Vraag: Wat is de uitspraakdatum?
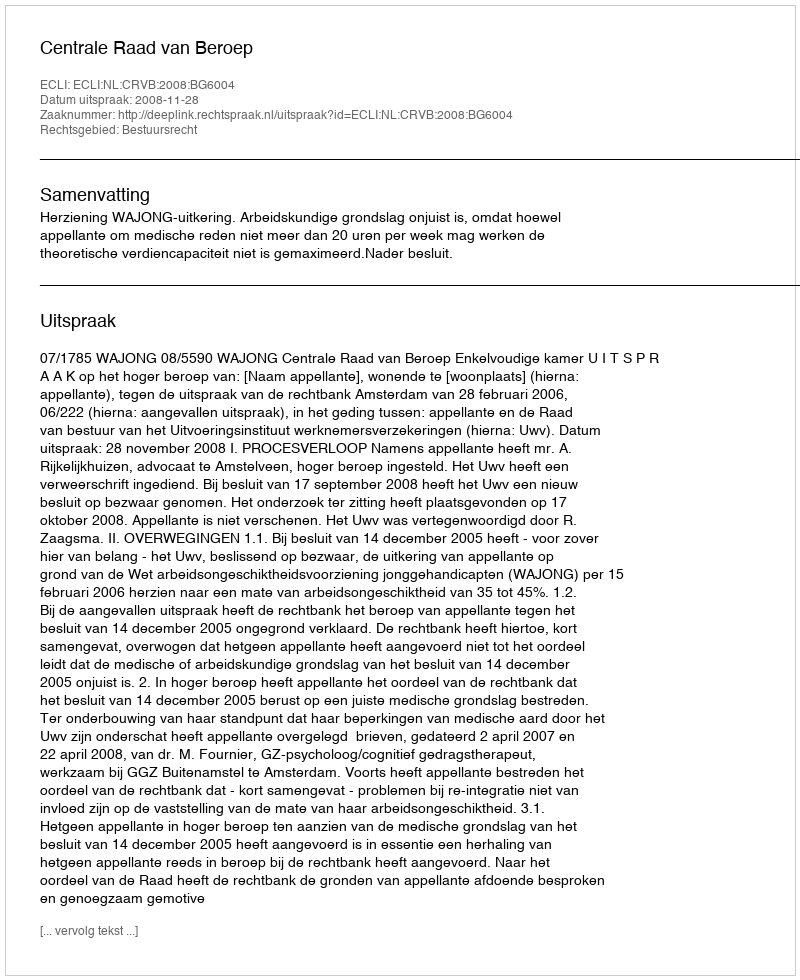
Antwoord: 2008-11-28